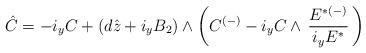
LaTeX: \begin{align*}\hat{C} = - i_y C + (d\hat{z}+ i_yB_2)\wedge \left(C^{(-)}- i_y C \wedge \, {{E}^{ {*}(-)}\over i_{y}{E}^{ {*}}}\, \right)\,\end{align*}